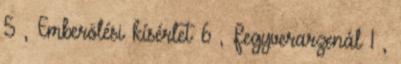
5 , Emberölési kísérlet 6 , Fegyverarzenál 1 ,